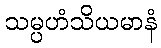
သမ္ပဟံသိယမာနံ